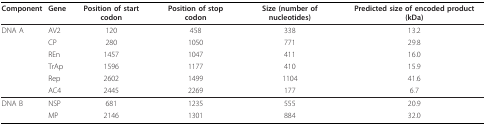
<table><thead><tr><td><b>Component</b></td><td><b>Gene</b></td><td><b>Position of start codon</b></td><td><b>Position of stop codon</b></td><td><b>Size (number of nucleotides)</b></td><td><b>Predicted size of encoded product (kDa)</b></td></tr></thead><tbody><tr><td>DNA A</td><td>AV2</td><td>120</td><td>458</td><td>338</td><td>13.2</td></tr><tr><td></td><td>CP</td><td>280</td><td>1050</td><td>771</td><td>29.8</td></tr><tr><td></td><td>REn</td><td>1457</td><td>1047</td><td>411</td><td>16.0</td></tr><tr><td></td><td>TrAp</td><td>1596</td><td>1177</td><td>410</td><td>15.9</td></tr><tr><td></td><td>Rep</td><td>2602</td><td>1499</td><td>1104</td><td>41.6</td></tr><tr><td></td><td>AC4</td><td>2445</td><td>2269</td><td>177</td><td>6.7</td></tr><tr><td>DNA B</td><td>NSP</td><td>681</td><td>1235</td><td>555</td><td>20.9</td></tr><tr><td></td><td>MP</td><td>2146</td><td>1301</td><td>884</td><td>32.0</td></tr></tbody></table>